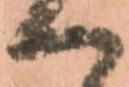
ハ